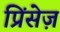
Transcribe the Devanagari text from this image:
प्रिंसेज़